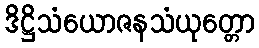
ဒိဋ္ဌိသံယောဇနသံယုတ္တော